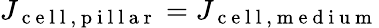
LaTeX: J_{\mathrm{~c~e~l~l~,~p~i~l~l~a~r~}}=J_{\mathrm{~c~e~l~l~,~m~e~d~i~u~m~}}